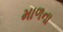
માળના